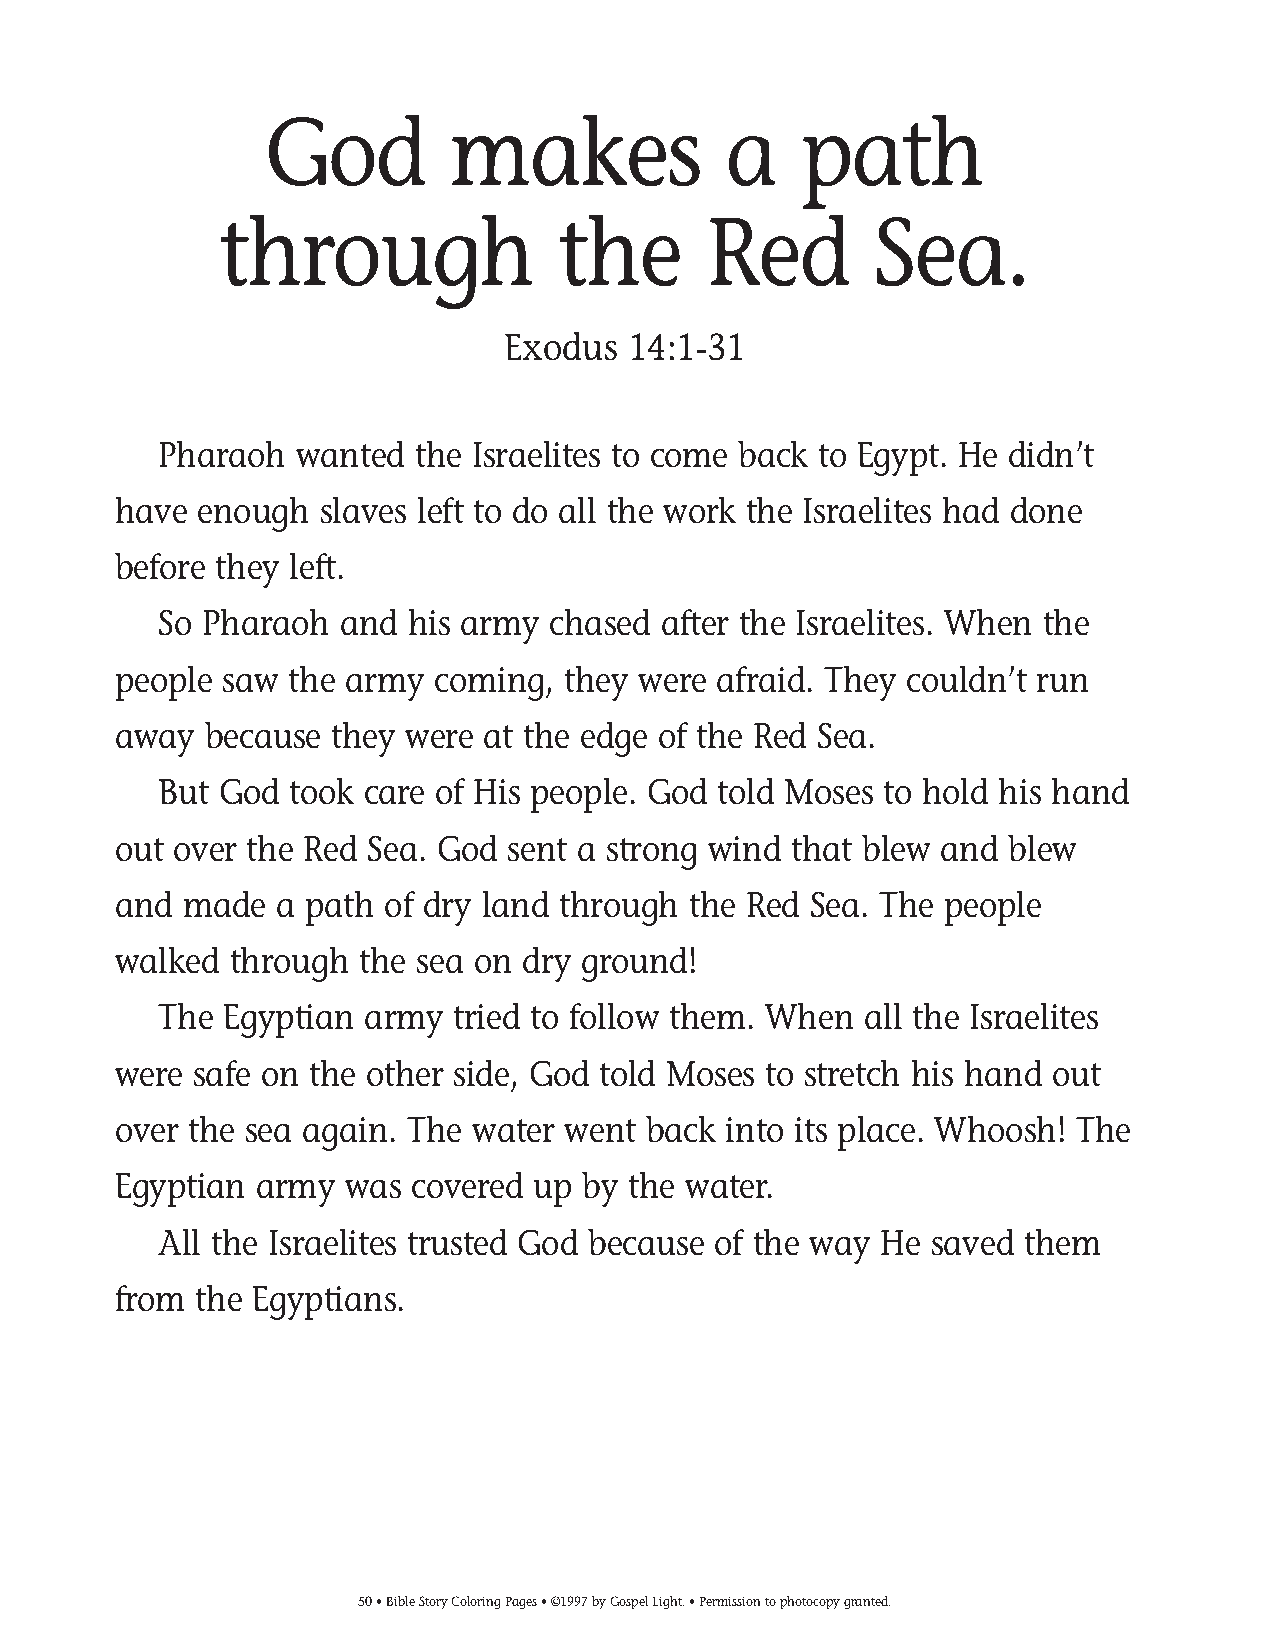
035-64 Coloring pgs_035-64 Coloring pgs 2/19/14 11:45 AM Page 50
 God         makes             a    path
 through               the       Red        Sea.
 Exodus  14:1-31
 Pharaoh  wanted  the Israelites to come back to Egypt. He didn’t
 have  enough  slaves left to do all the work the Israelites had done
 before they left.
 So Pharaoh  and his army  chased after the Israelites. When the
 people saw  the army coming,  they were afraid. They couldn’t run
 away  because they were at the edge of the Red Sea.
 But God  took care of His people. God told Moses to hold his hand
 out over the Red Sea. God sent a strong wind that blew and blew
 and  made  a path of dry land through the Red Sea. The people
 walked  through the sea on dry ground!
 The Egyptian  army tried to follow them. When  all the Israelites
 were safe on the other side, God told Moses to stretch his hand out
 over the sea again. The water went back into its place. Whoosh! The
 Egyptian army  was  covered up by the water.
 All the Israelites trusted God because of the way He saved them
 from the Egyptians.
 50• Bible Story Coloring Pages • ©1997 by Gospel Light. • Permission to photocopy granted.